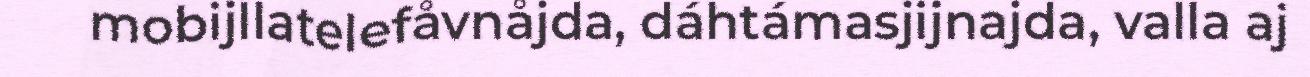
mobijllatelefåvnåjda, dáhtámasjijnajda, valla aj